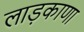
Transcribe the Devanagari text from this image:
लाड़काणा